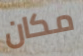
مكان